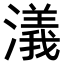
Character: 𣿭